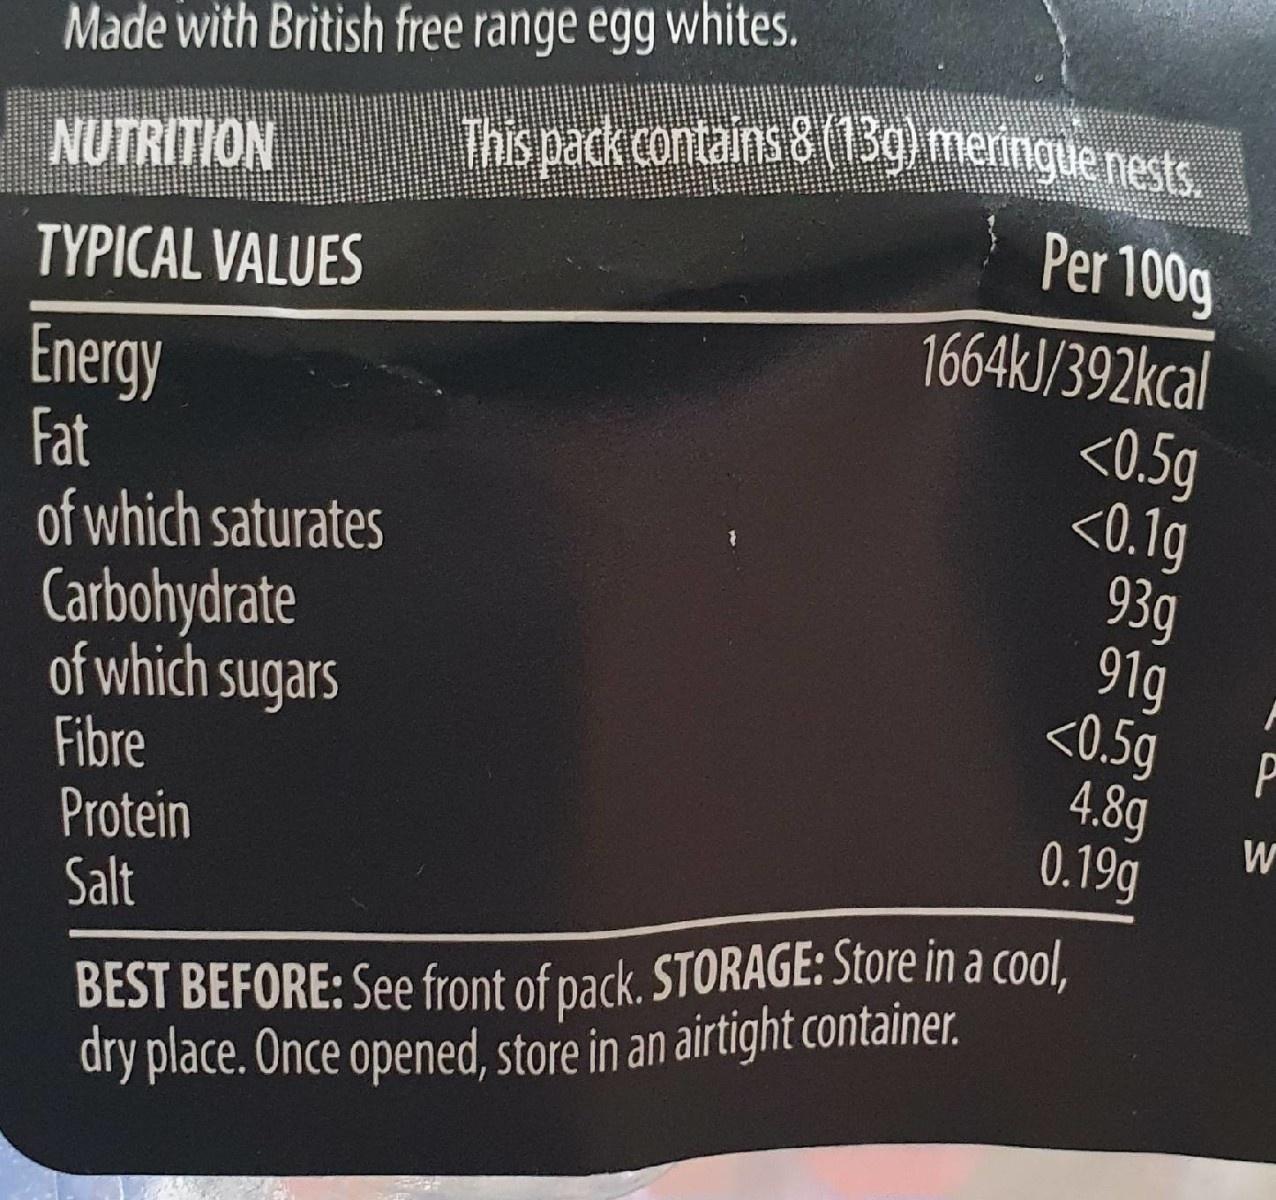
Made with British free range egg whites.
This pack contains & (13g) menngue nests. Per 100g
NUTRITION
TYPICAL VALUES
Energy Fat of which saturates Carbohydrate of which sugars Fibre Protein Salt
1664KJ/392kcal <0.5g <0.1g 93g 91g <0.5g 4.8g 0.19g
W
BEST BEFORE: See front of pack. STORAGE: Store in a cool, dry place. Once opened, store in an airtight container.